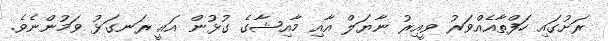
ރަށުގައި ހަފްތާއެއްވަރު ވީއިރު ނާޔަލް އާއި މާއިޝާގެ ގުޅުން އައީ ރަނގަޅު ވަމުންނެވެ.